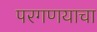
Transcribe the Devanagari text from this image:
परगणयाचा